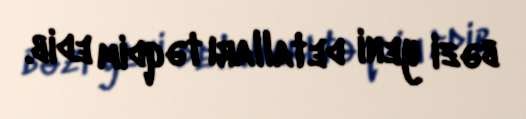
bəzi yeni detalları təqdim edib.